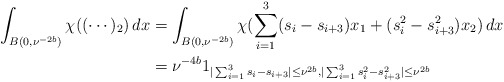
\begin{align*}\begin{aligned}\int_{B(0, \nu^{-2b})}\chi((\cdots)_{2})\, dx &= \int_{B(0, \nu^{-2b})}\chi(\sum_{i = 1}^{3}(s_{i} - s_{i + 3})x_1 + (s_{i}^{2} - s_{i + 3}^{2})x_2)\, dx\\&= \nu^{-4b}1_{|\sum_{i = 1}^{3}s_{i} - s_{i + 3}| \leq \nu^{2b}, |\sum_{i = 1}^{3}s_{i}^{2} - s_{i + 3}^{2}| \leq \nu^{2b}}\end{aligned}\end{align*}